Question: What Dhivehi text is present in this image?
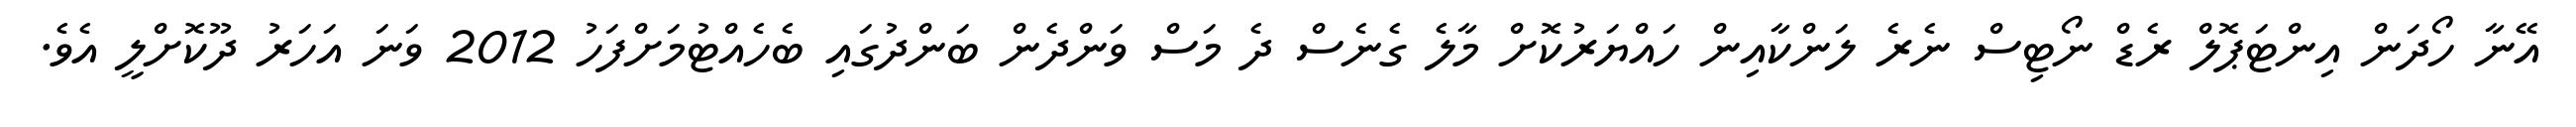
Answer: އޭނާ ހޯދަން އިންޓަޕޮލް ރެޑް ނޯޓިސް ނެރެ ލަންކާއިން ހައްޔަރުކޮށް މާލެ ގެނެސް ދެ މަސް ވަންދެން ބަންދުގައި ބެހެއްޓުމަށްފަހު 2012 ވަނަ އަހަރު ދޫކޮށްލީ އެވެ.